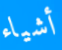
أشياء